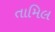
તામિલ